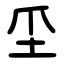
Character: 坕